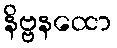
နိဗ္ဗနထော